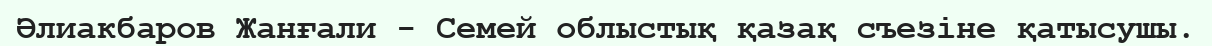
Әлиакбаров Жанғали - Семей облыстық қазақ съезіне қатысушы.